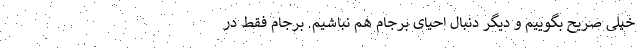
خیلی صریح بگوییم و دیگر دنبال احیای برجام هم نباشیم. برجام فقط در